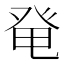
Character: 𰤏